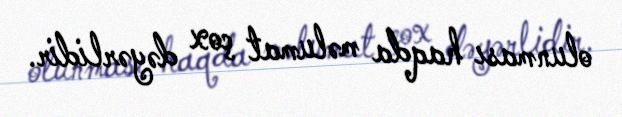
olunması haqda məlumat çox dəyərlidir.